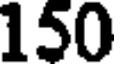
150